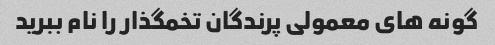
گونه های معمولی پرندگان تخمگذار را نام ببرید